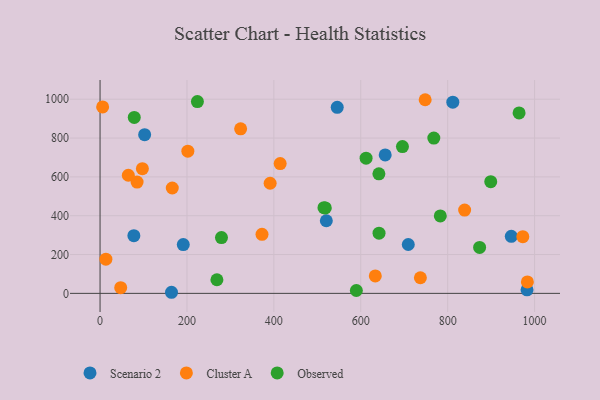
{"axis": {"x": "Study Hours", "y": "Salary"}, "legend": ["Cluster A", "Observed", "Scenario 2"], "data": [{"x": "946.4", "y": 294.0, "type": "Scenario 2"}, {"x": "77.8", "y": 297.1, "type": "Scenario 2"}, {"x": "709.3", "y": 251.7, "type": "Scenario 2"}, {"x": "656.2", "y": 713.3, "type": "Scenario 2"}, {"x": "191.5", "y": 251.1, "type": "Scenario 2"}, {"x": "520.7", "y": 374.0, "type": "Scenario 2"}, {"x": "102.6", "y": 817.3, "type": "Scenario 2"}, {"x": "545.8", "y": 958.0, "type": "Scenario 2"}, {"x": "164.4", "y": 5.6, "type": "Scenario 2"}, {"x": "982.6", "y": 18.0, "type": "Scenario 2"}, {"x": "811.8", "y": 984.9, "type": "Scenario 2"}, {"x": "166.2", "y": 542.8, "type": "Cluster A"}, {"x": "323.5", "y": 847.4, "type": "Cluster A"}, {"x": "202.0", "y": 732.4, "type": "Cluster A"}, {"x": "47.5", "y": 29.3, "type": "Cluster A"}, {"x": "839.0", "y": 429.2, "type": "Cluster A"}, {"x": "85.2", "y": 573.2, "type": "Cluster A"}, {"x": "65.0", "y": 608.5, "type": "Cluster A"}, {"x": "633.4", "y": 89.8, "type": "Cluster A"}, {"x": "748.2", "y": 997.4, "type": "Cluster A"}, {"x": "737.2", "y": 80.3, "type": "Cluster A"}, {"x": "13.4", "y": 176.0, "type": "Cluster A"}, {"x": "97.4", "y": 642.2, "type": "Cluster A"}, {"x": "983.4", "y": 59.1, "type": "Cluster A"}, {"x": "972.9", "y": 291.8, "type": "Cluster A"}, {"x": "372.7", "y": 304.2, "type": "Cluster A"}, {"x": "414.5", "y": 668.7, "type": "Cluster A"}, {"x": "391.4", "y": 567.1, "type": "Cluster A"}, {"x": "5.9", "y": 960.1, "type": "Cluster A"}, {"x": "641.7", "y": 615.6, "type": "Observed"}, {"x": "768.1", "y": 799.9, "type": "Observed"}, {"x": "518.4", "y": 440.3, "type": "Observed"}, {"x": "224.0", "y": 988.0, "type": "Observed"}, {"x": "78.7", "y": 906.3, "type": "Observed"}, {"x": "783.0", "y": 398.7, "type": "Observed"}, {"x": "873.5", "y": 236.6, "type": "Observed"}, {"x": "279.4", "y": 287.5, "type": "Observed"}, {"x": "899.1", "y": 575.2, "type": "Observed"}, {"x": "589.8", "y": 14.8, "type": "Observed"}, {"x": "612.2", "y": 696.3, "type": "Observed"}, {"x": "695.9", "y": 756.2, "type": "Observed"}, {"x": "515.3", "y": 441.4, "type": "Observed"}, {"x": "642.0", "y": 309.9, "type": "Observed"}, {"x": "268.9", "y": 70.1, "type": "Observed"}, {"x": "964.3", "y": 929.4, "type": "Observed"}]}